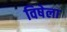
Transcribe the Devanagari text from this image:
विषेला